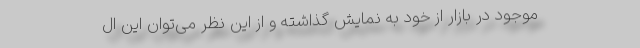
موجود در بازار از خود به نمایش گذاشته و از این نظر می‌توان این ال